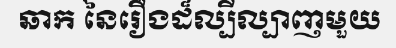
ឆាក នៃរឿងដ៏ល្បីល្បាញមួយ